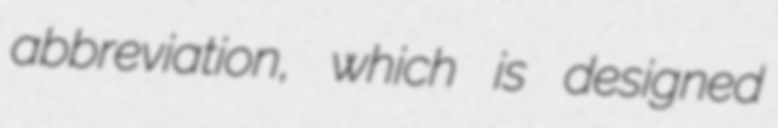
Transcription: abbreviation, which is designed